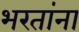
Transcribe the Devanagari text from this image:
भरतांना